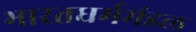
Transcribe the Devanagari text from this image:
भारतधर्ममंडल